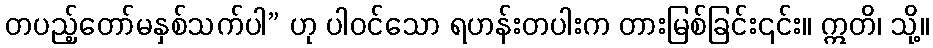
တပည့်တော်မနှစ်သက်ပါ” ဟု ပါဝင်သော ရဟန်းတပါးက တားမြစ်ခြင်း၎င်း။ ဣတိ၊ သို့။